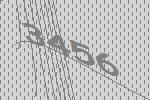
3456